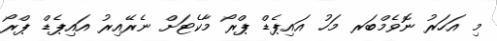
މި އަހަރު ނޮވެމްބަރ މަހު އައިޕެޑް ޕްރޯ މާކެޓަށް ނެރޭއިރު އައިޕެޑް ޕްރޯ